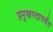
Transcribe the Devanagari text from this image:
प्रमुखपदापर्यंत